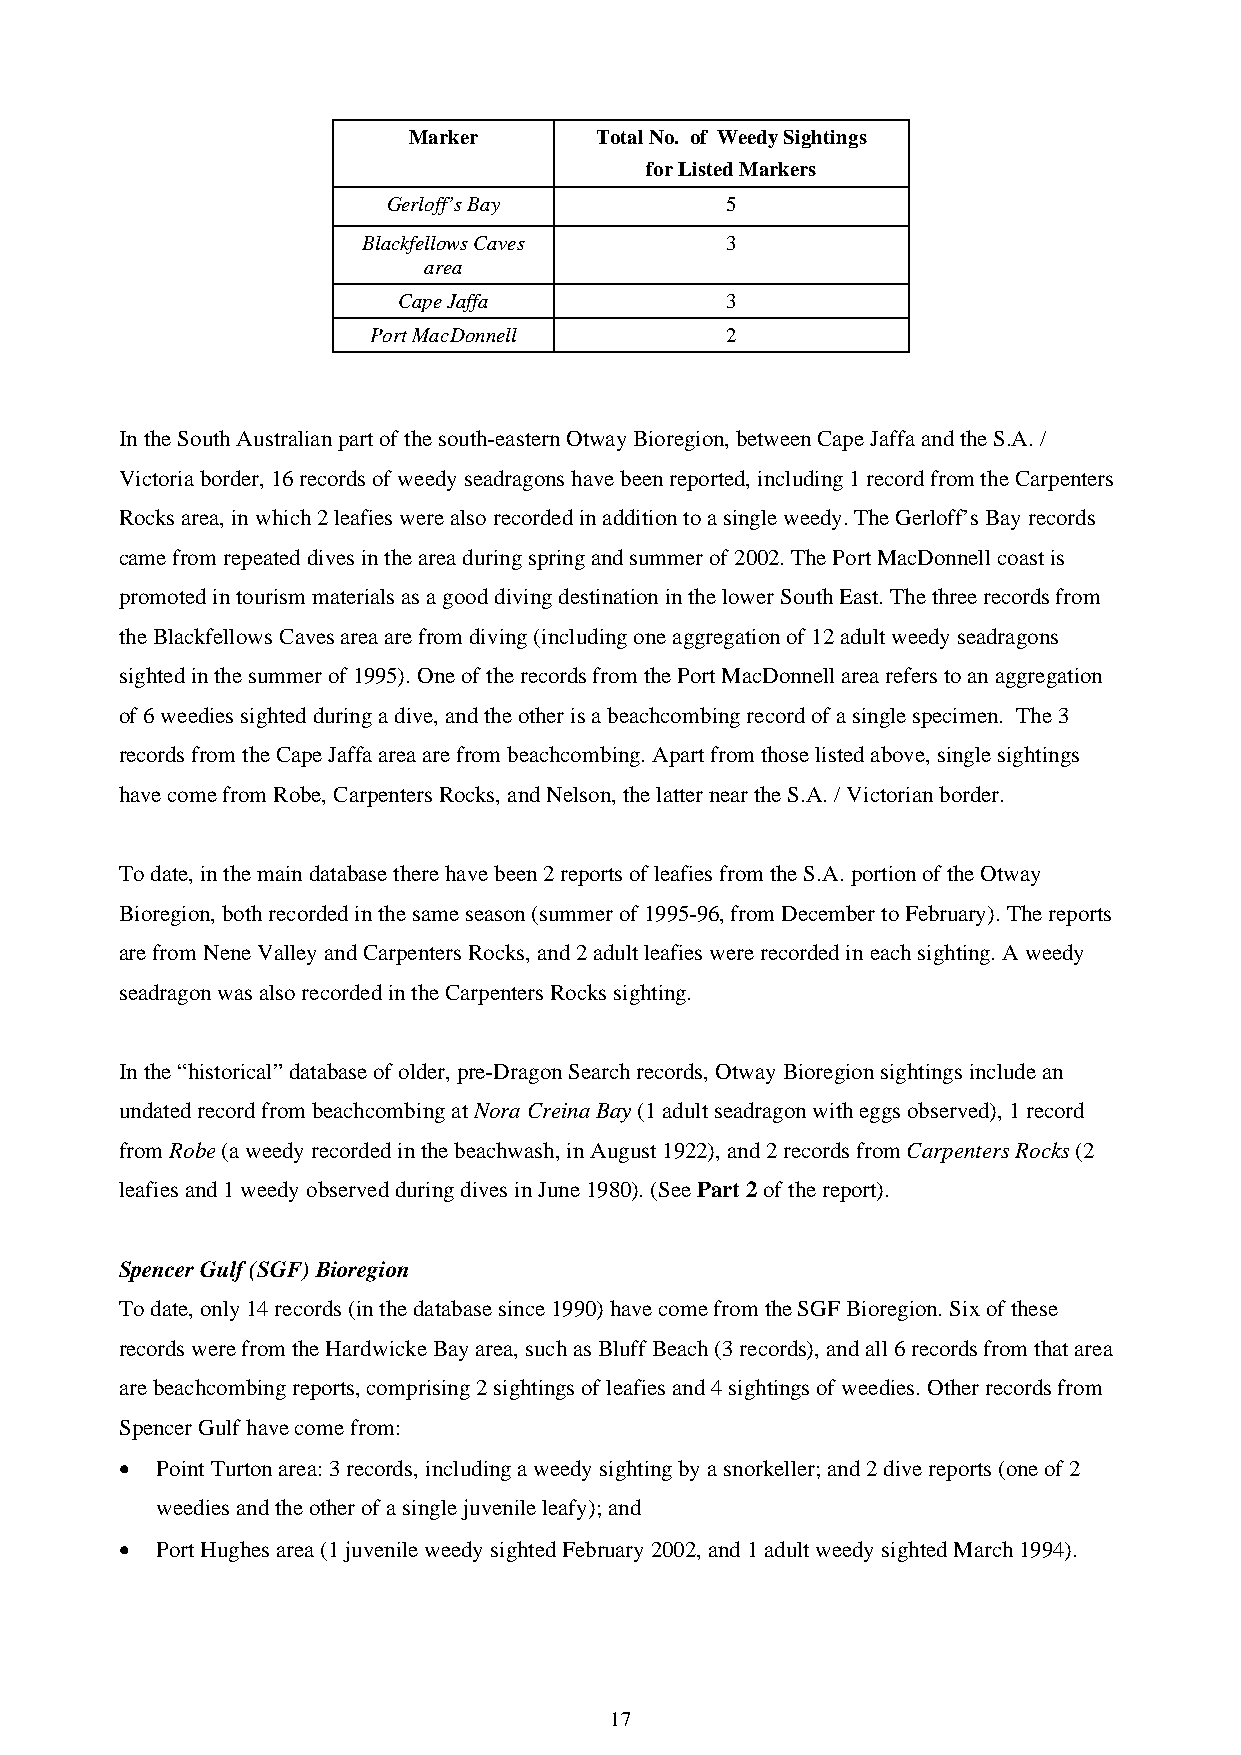
Marker      Total No. of Weedy Sightings
 for Listed Markers
 Gerloff’s Bay         5
 Blackfellows Caves      3
 area
 Cape Jaffa            3
 Port MacDonnell         2
 In the South Australian part of the south-eastern Otway Bioregion, between Cape Jaffa and the S.A. /
 Victoria border, 16 records of weedy seadragons have been reported, including 1 record from the Carpenters
 Rocks area, in which 2 leafies were also recorded in addition to a single weedy. The Gerloff’s Bay records
 came from repeated dives in the area during spring and summer of 2002. The Port MacDonnell coast is
 promoted in tourism materials as a good diving destination in the lower South East. The three records from
 the Blackfellows Caves area are from diving (including one aggregation of 12 adult weedy seadragons
 sighted in the summer of 1995). One of the records from the Port MacDonnell area refers to an aggregation
 of 6 weedies sighted during a dive, and the other is a beachcombing record of a single specimen. The 3
 records from the Cape Jaffa area are from beachcombing. Apart from those listed above, single sightings
 have come from Robe, Carpenters Rocks, and Nelson, the latter near the S.A. / Victorian border.
 To date, in the main database there have been 2 reports of leafies from the S.A. portion of the Otway
 Bioregion, both recorded in the same season (summer of 1995-96, from December to February). The reports
 are from Nene Valley and Carpenters Rocks, and 2 adult leafies were recorded in each sighting. A weedy
 seadragon was also recorded in the Carpenters Rocks sighting.
 In the “historical” database of older, pre-Dragon Search records, Otway Bioregion sightings include an
 undated record from beachcombing at Nora Creina Bay (1 adult seadragon with eggs observed), 1 record
 from Robe (a weedy recorded in the beachwash, in August 1922), and 2 records from Carpenters Rocks (2
 leafies and 1 weedy observed during dives in June 1980). (See Part 2 of the report).
 Spencer Gulf (SGF) Bioregion
 To date, only 14 records (in the database since 1990) have come from the SGF Bioregion. Six of these
 records were from the Hardwicke Bay area, such as Bluff Beach (3 records), and all 6 records from that area
 are beachcombing reports, comprising 2 sightings of leafies and 4 sightings of weedies. Other records from
 Spencer Gulf have come from:
 • Point Turton area: 3 records, including a weedy sighting by a snorkeller; and 2 dive reports (one of 2
 weedies and the other of a single juvenile leafy); and
 • Port Hughes area (1 juvenile weedy sighted February 2002, and 1 adult weedy sighted March 1994).
 17